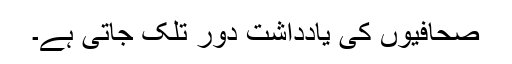
صحافیوں کی یادداشت دور تلک جاتی ہے۔